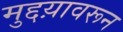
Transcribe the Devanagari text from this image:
मुद्दय़ावरून